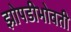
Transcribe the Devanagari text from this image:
झोपडीभोवती